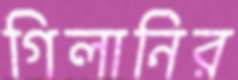
গিলানির